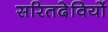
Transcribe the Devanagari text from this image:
सरितदेवियों